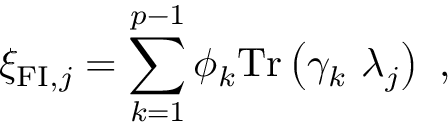
\xi _ { \mathrm { { \small F I } } , j } = \sum _ { k = 1 } ^ { p - 1 } \phi _ { k } \mathrm { T r } \left( \gamma _ { k } ~ \lambda _ { j } \right) ~ ,